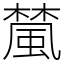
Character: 檒